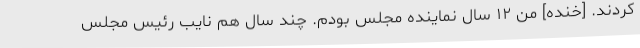
کردند. [خنده] من ۱۲ سال نماینده مجلس بودم. چند سال هم نایب رئیس مجلس